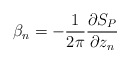
\begin{align*}\beta_n = -\frac{1}{2\pi}\frac{\partial S_P}{\partial z_n}\end{align*}